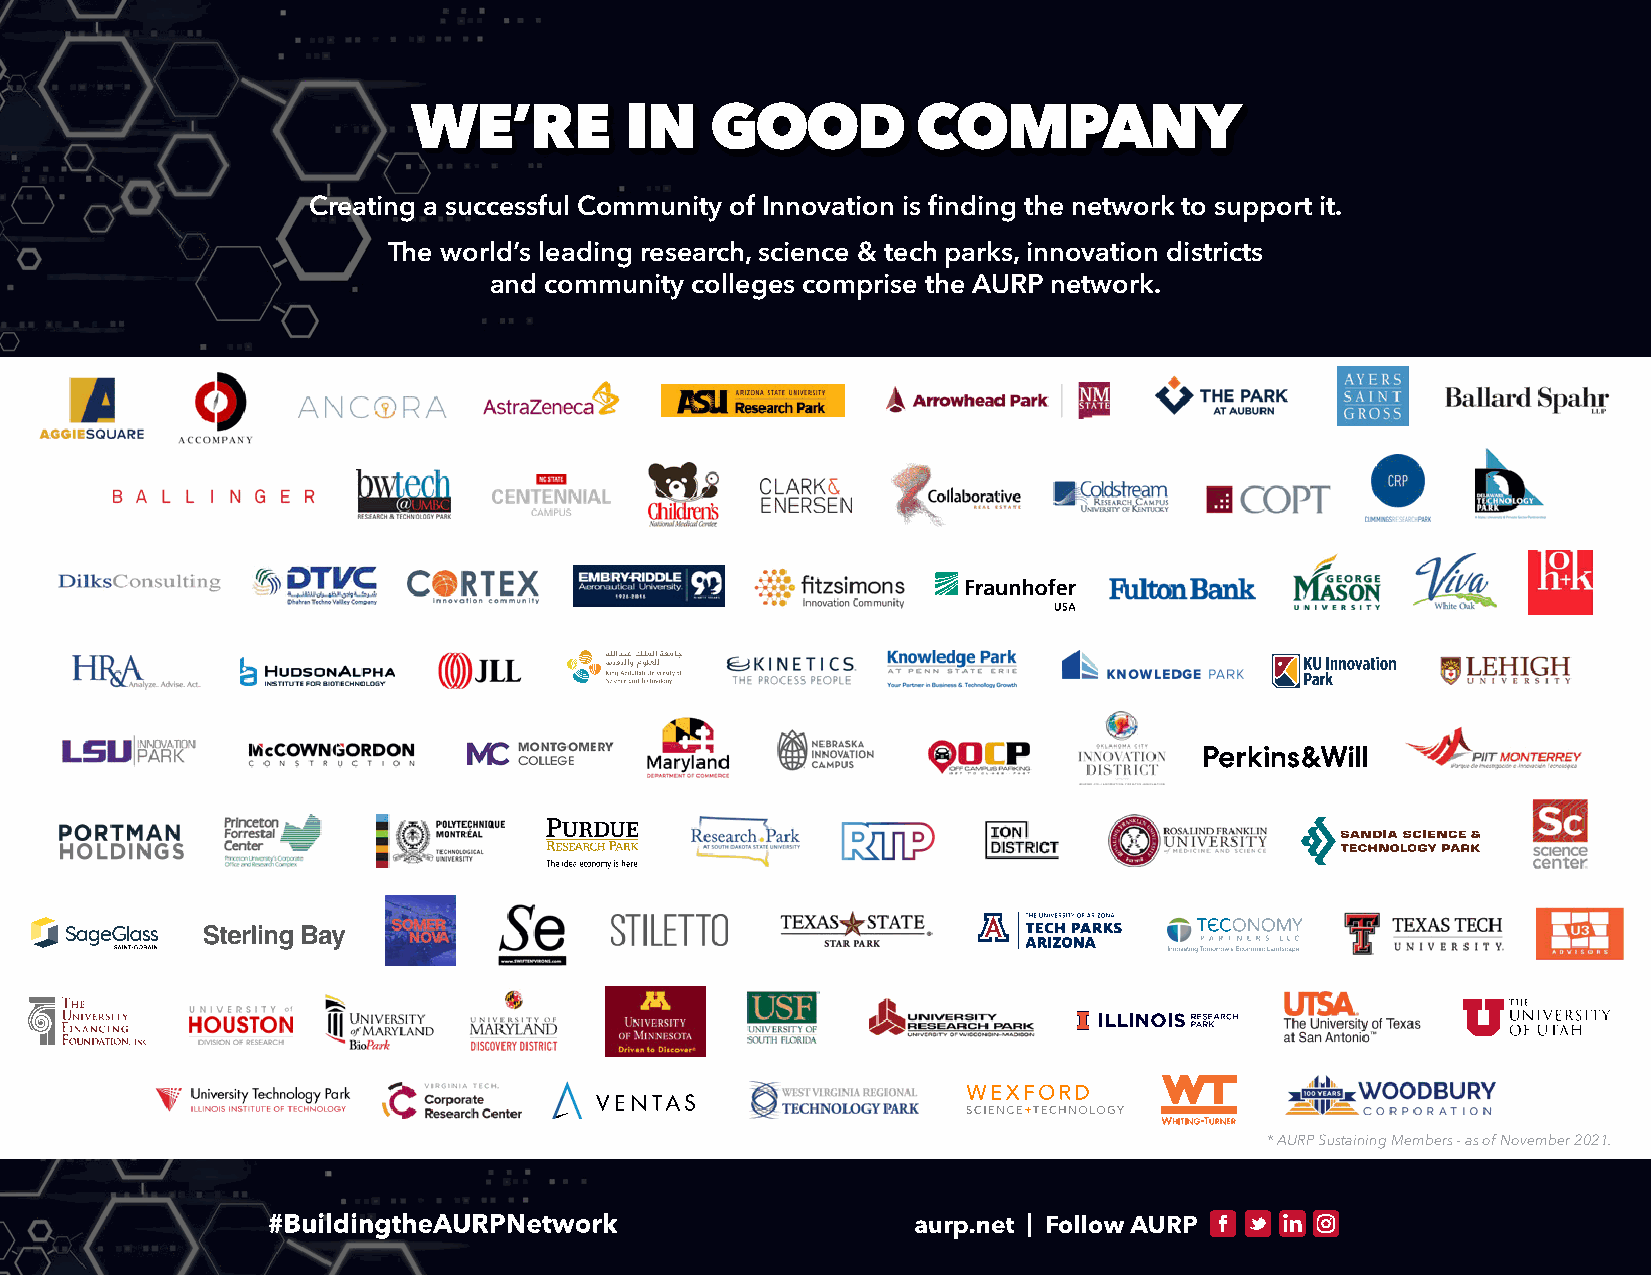
WE’RE         IN    GOOD          COMPANY
 Creating a successful Community of Innovation is finding the network to support it.
 The world’s leading research, science & tech parks, innovation districts
 and community colleges comprise the AURP network.
 Spring Training Ad Final.pdf 1 1/28/2020 5:18:47 PM
 CCMCMCMY
 KM YY
 Y
 * AURP Sustaining Members - as of November 2021.